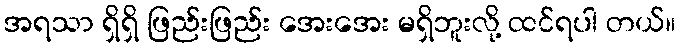
အရသာ ရှိရှိ ဖြည်းဖြည်း အေးအေး မရှိဘူးလို့ ထင်ရပါ တယ်။